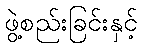
ဖွဲ့စည်းခြင်းနှင့်